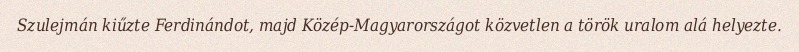
Szulejmán kiűzte Ferdinándot, majd Közép-Magyarországot közvetlen a török uralom alá helyezte.